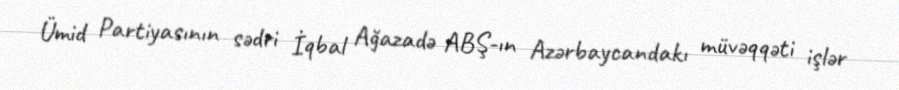
Ümid Partiyasının sədri İqbal Ağazadə ABŞ-ın Azərbaycandakı müvəqqəti işlər